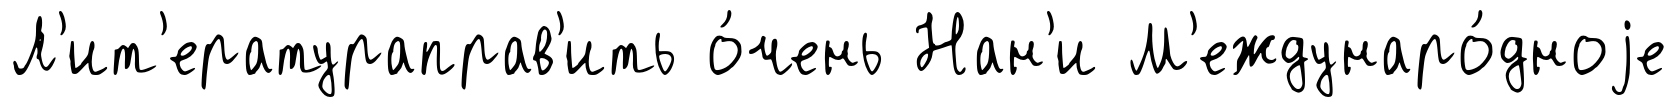
Л'ит'ератураправ'ить о́чень Нан'и М'еждунаро́дноjе